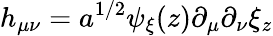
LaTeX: h_{\mu\nu}=a^{1/2}\psi_{\xi}(z)\partial_{\mu}\partial_{\nu}\xi_{z}